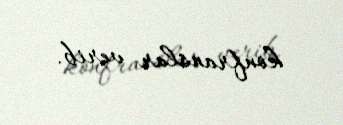
konfranslar verib.